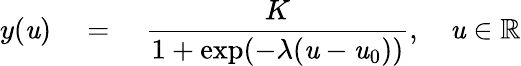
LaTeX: y(\mathit{u})\quad=\quad\frac{{K}}{{1+\exp(-\lambda(\mathit{u}-\mathit{u}_{0}))}},\quad\mathit{u}\in\mathbb{{R}}